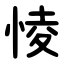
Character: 㥄